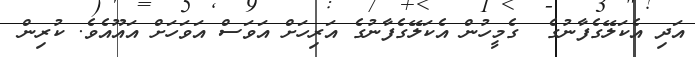
އަދި އެކަލޭގެފާނުގެ  ގެމީހުން އެކަލޭގެފާނުގެ އަރިހަށް އަވަސް އަވަހަށް އައޫއެވެ. ކުރިން